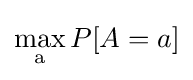
\max _{\mathrm {a} }P[A=a]